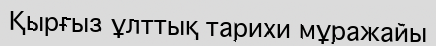
Қырғыз ұлттық тарихи мұражайы